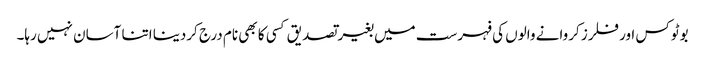
بوٹوکس اور فلرز کروانے والوں کی فہرست میں بغیر تصدیق کسی کا بھی نام درج کردینا اتنا آسان نہیں رہا۔